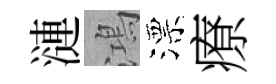
漣鴻漂療